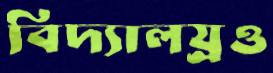
বিদ্যালয়্রও